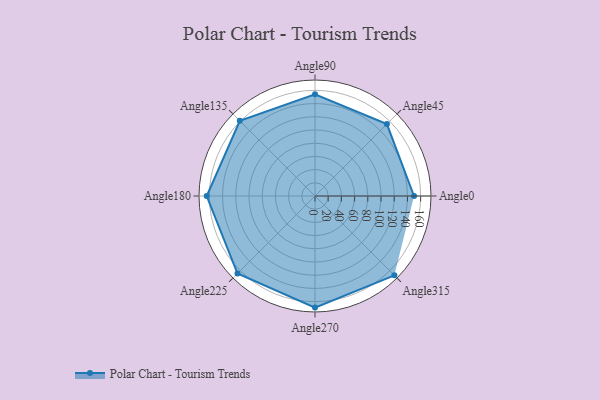
{"axis": {"x": "Angle", "y": "Radius"}, "legend": [""], "data": [{"x": "Angle0", "y": 150.0, "type": ""}, {"x": "Angle45", "y": 154.0, "type": ""}, {"x": "Angle90", "y": 154.0, "type": ""}, {"x": "Angle135", "y": 161.0, "type": ""}, {"x": "Angle180", "y": 164.0, "type": ""}, {"x": "Angle225", "y": 166.0, "type": ""}, {"x": "Angle270", "y": 169.0, "type": ""}, {"x": "Angle315", "y": 170, "type": ""}]}